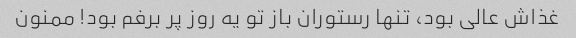
غذاش عالی بود، تنها رستوران باز تو یه روز پر برفم بود! ممنون